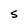
Character: S